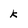
Character: K